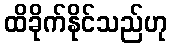
ထိခိုက်နိုင်သည်ဟု